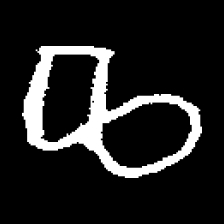
Pyu character \u2014 Myanmar letter: ဆ (romanized: cha)